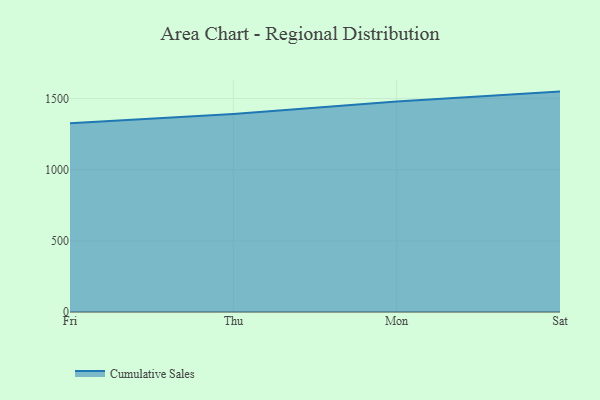
{"axis": {"x": "Day", "y": "Satisfaction Score"}, "legend": ["Cumulative Sales"], "data": [{"x": "Fri", "y": 1326.4, "type": "Cumulative Sales"}, {"x": "Thu", "y": 1390.7, "type": "Cumulative Sales"}, {"x": "Mon", "y": 1478.5, "type": "Cumulative Sales"}, {"x": "Sat", "y": 1548.7, "type": "Cumulative Sales"}]}